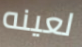
لعينه